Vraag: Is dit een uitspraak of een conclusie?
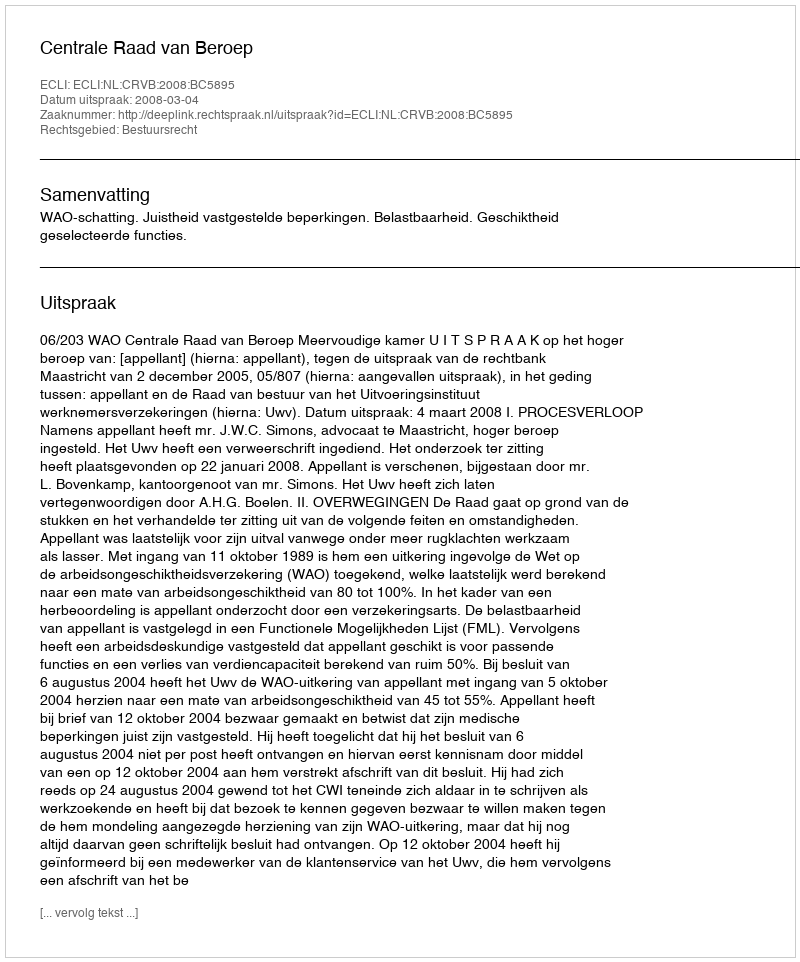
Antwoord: Uitspraak